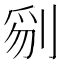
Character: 𠝄